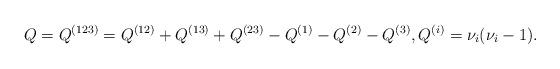
LaTeX: \begin{align*}Q=Q^{(123)}=Q^{(12)}+Q^{(13)}+Q^{(23)}-Q^{(1)}-Q^{(2)}-Q^{(3)}, Q^{(i)}=\nu_i(\nu_i-1).\end{align*}